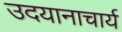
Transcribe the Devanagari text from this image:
उदयानाचार्य